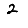
Digit: 2